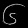
Digit: ၆